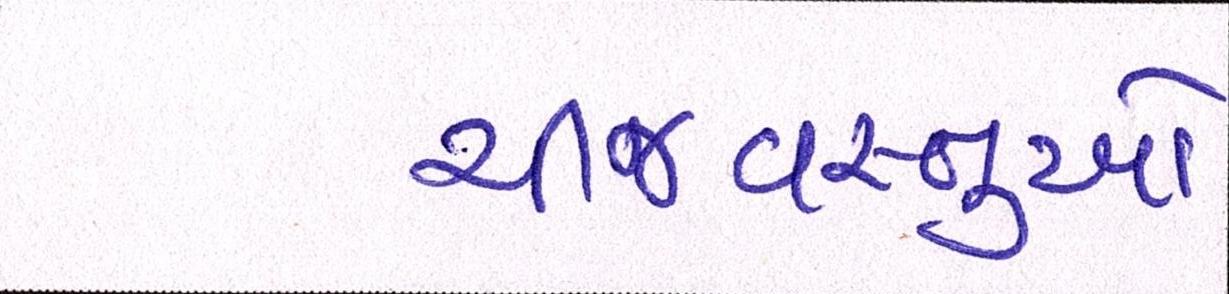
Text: ચીજવસ્તુઓ